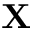
{ \bf X }